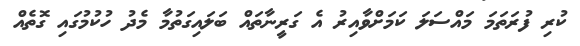
ކުރި ފުރަތަމަ މައްސަލަ ކަމަށްވާއިރު އެ ގަރީނާތައް ބަލައިގަތުމާ މެދު ހުކުމުގައި ގޮތެއް